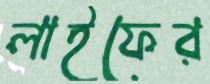
লাইফের